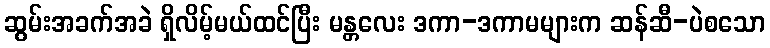
ဆွမ်းအခက်အခဲ ရှိလိမ့်မယ်ထင်ပြီး မန္တလေး ဒကာ-ဒကာမများက ဆန်ဆီ-ပဲစသော